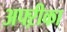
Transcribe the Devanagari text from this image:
अफ्ऱीका